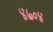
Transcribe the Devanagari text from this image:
४७०४